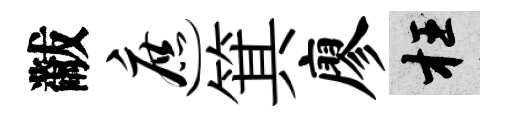
黻遮箕廖枉